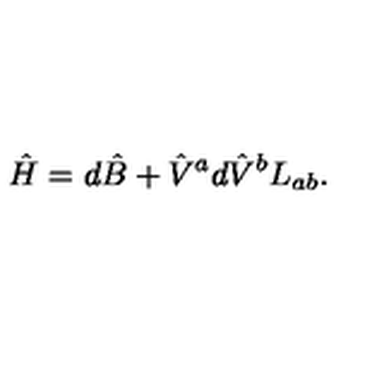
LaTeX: \hat { H } = d \hat { B } + { \hat { V } } ^ { a } d { \hat { V } } ^ { b } L _ { a b } .